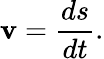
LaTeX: \mathbf{v}={\frac{{ds}}{{dt}}}.